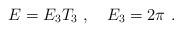
LaTeX: \begin{align*}E=E_3 T_3 \ , \ \ \ E_3 =2\pi \ .\end{align*}